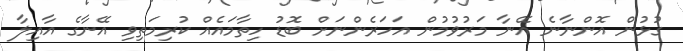
ގުޅުން އޮންނާނެ އޭނާ މަރުވުމުން އަހަރެންނަށް ބޮޑު ހިތާމައެއް ކުރިމަތިވި އޭނާގެ އާއިލާ